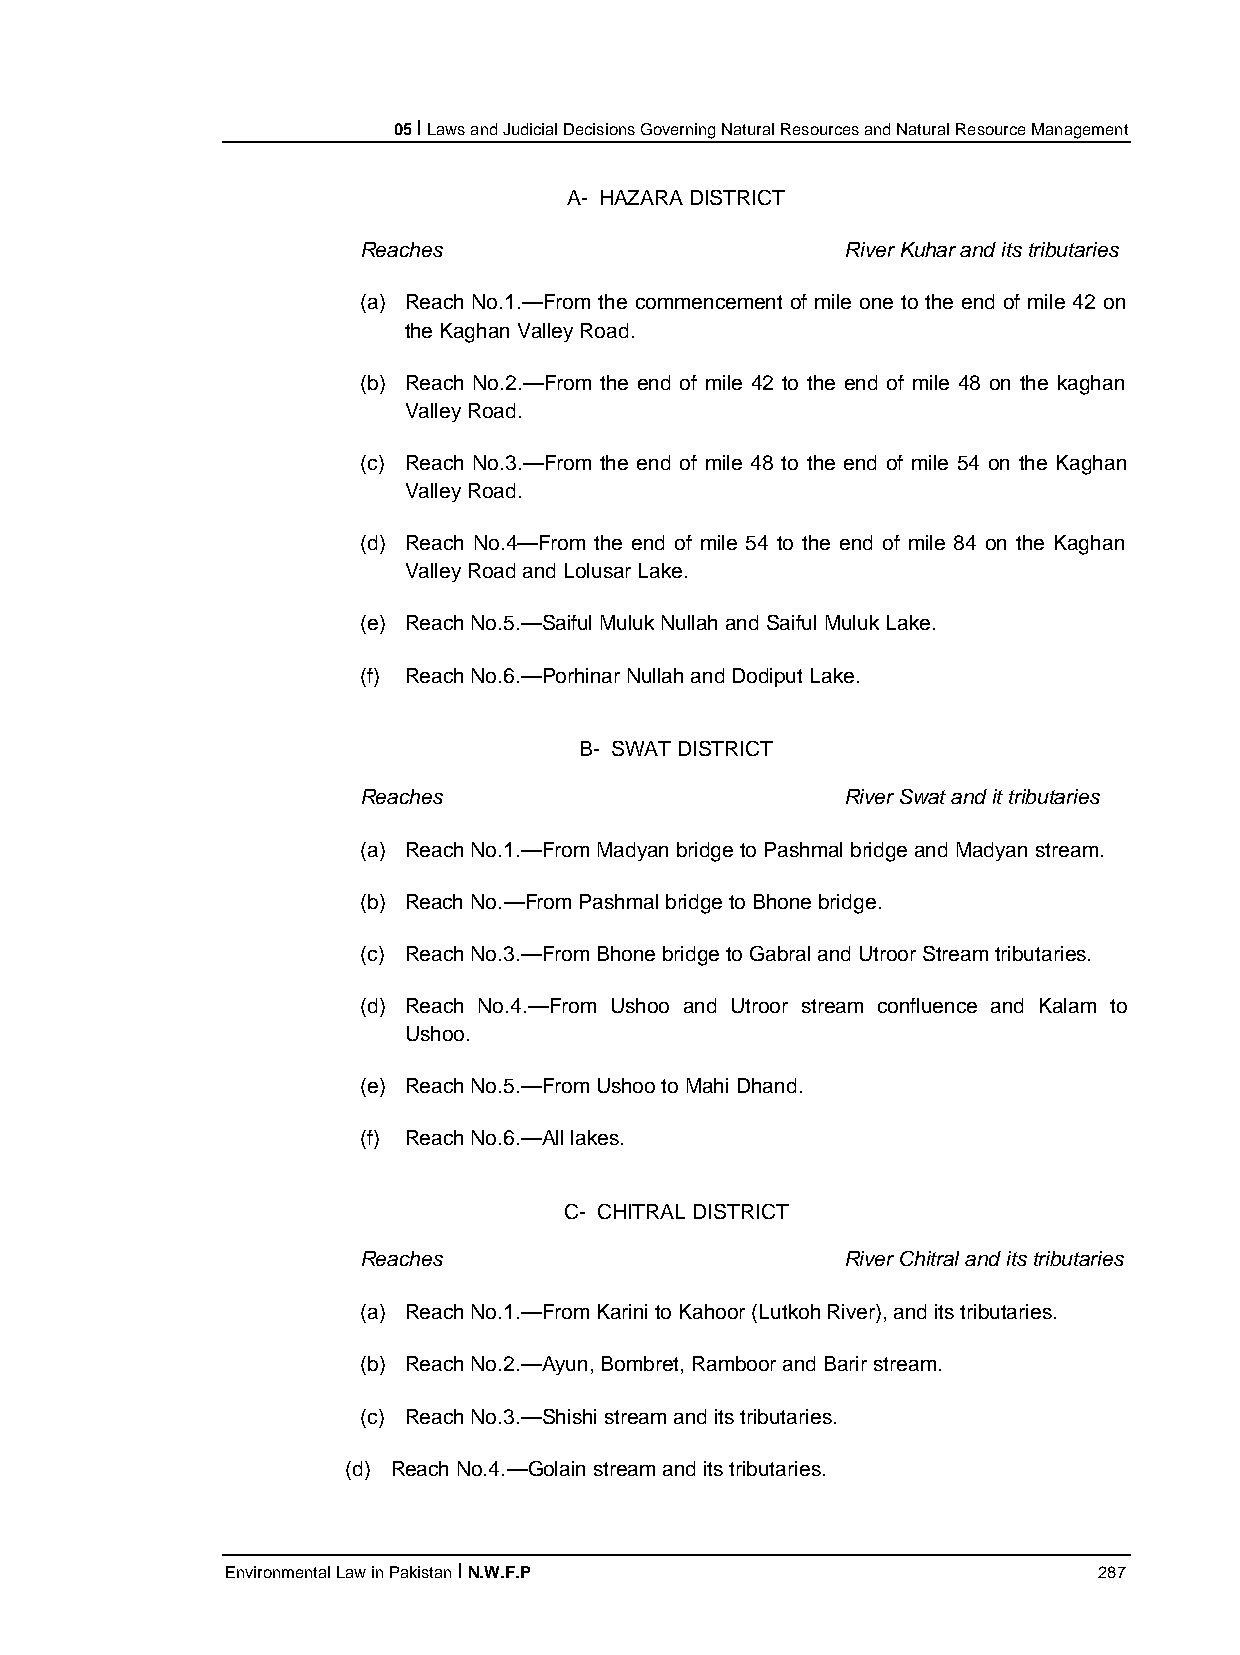
05 I Laws and Judicial Decisions Governing Natural Resources and Natural Resource Management
 A- HAZARA DISTRICT
 Reaches                         River Kuhar and its tributaries
 (a) Reach No.1.—From the commencement of mile one to the end of mile 42 on
 the Kaghan Valley Road.
 (b) Reach No.2.—From the end of mile 42 to the end of mile 48 on the kaghan
 Valley Road.
 (c) Reach No.3.—From the end of mile 48 to the end of mile 54 on the Kaghan
 Valley Road.
 (d) Reach No.4—From the end of mile 54 to the end of mile 84 on the Kaghan
 Valley Road and Lolusar Lake.
 (e) Reach No.5.—Saiful Muluk Nullah and Saiful Muluk Lake.
 (f) Reach No.6.—Porhinar Nullah and Dodiput Lake.
 B- SWAT DISTRICT
 Reaches                         River Swat and it tributaries
 (a) Reach No.1.—From Madyan bridge to Pashmal bridge and Madyan stream.
 (b) Reach No.—From Pashmal bridge to Bhone bridge.
 (c) Reach No.3.—From Bhone bridge to Gabral and Utroor Stream tributaries.
 (d) Reach No.4.—From Ushoo and Utroor stream confluence and Kalam to
 Ushoo.
 (e) Reach No.5.—From Ushoo to Mahi Dhand.
 (f) Reach No.6.—All lakes.
 C- CHITRAL DISTRICT
 Reaches                         River Chitral and its tributaries
 (a) Reach No.1.—From Karini to Kahoor (Lutkoh River), and its tributaries.
 (b) Reach No.2.—Ayun, Bombret, Ramboor and Barir stream.
 (c) Reach No.3.—Shishi stream and its tributaries.
 (d) Reach No.4.—Golain stream and its tributaries.
 Environmental Law in Pakistan I N.W.F.P                   287